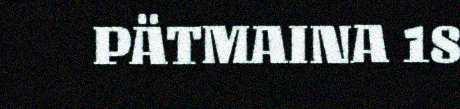
PÄTMAINA 18